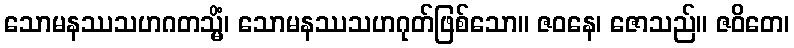
သောမနဿသဟဂတသ္မိံ၊ သောမနဿသဟဂုတ်ဖြစ်သော။ ဇဝနေ၊ ဇောသည်။ ဇဝိတေ၊